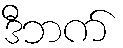
ဒီဘက်